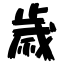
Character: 歳